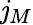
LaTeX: \mathit{j}_{M}